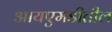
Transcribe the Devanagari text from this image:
आयएमडीतील